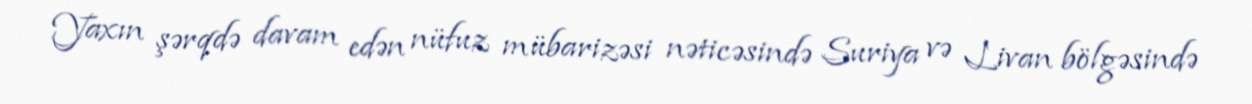
Yaxın şərqdə davam edən nüfuz mübarizəsi nəticəsində Suriya və Livan bölgəsində